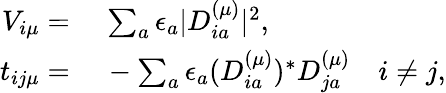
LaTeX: \begin{array}{rlr}{V_{i\mu}=\, }&{{}\sum_{a}\epsilon_{a}|D_{ia}^{(\mu)}|^{2},}\\ {t_{ij\mu}=\, }&{{}-\sum_{a}\epsilon_{a}(D_{ia}^{(\mu)})^{*}D_{ja}^{(\mu)}}&{i\neq j,}\end{array}